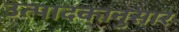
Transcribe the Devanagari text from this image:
उत्पादकानुसार